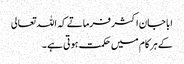
ابا جان اکثر فرماتے کہ اللہ تعالی
کے ہر کام میں حکمت ہوتی ہے ۔